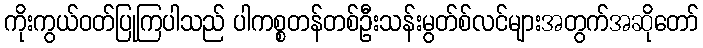
ကိုးကွယ်ဝတ်ပြုကြပါသည် ပါကစ္စတန်တစ်ဦးသန်းမွတ်စ်လင်များအတွက်အဆိုတော်